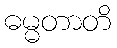
ဓမ္မတာတိ